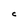
Character: C